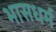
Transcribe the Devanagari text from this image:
भासधर्म